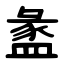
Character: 盠